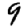
Digit: 9